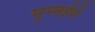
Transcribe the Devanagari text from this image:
मुम्बईमें